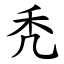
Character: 秃